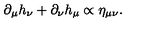
\partial _ { \mu } h _ { \nu } + \partial _ { \nu } h _ { \mu } \propto \eta _ { \mu \nu } .